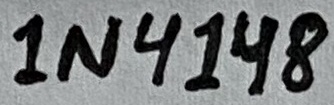
Text: 1N4148